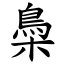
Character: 䲷